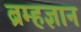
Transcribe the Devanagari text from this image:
ब्रम्हज्ञान